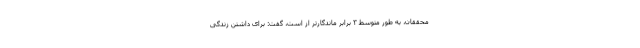
محققان، به طور متوسط ۳ برابر ماندگارتر از است، گفت: برای داشتن زندگی